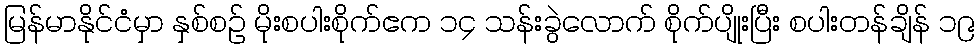
မြန်မာနိုင်ငံမှာ နှစ်စဉ် မိုးစပါးစိုက်ဧက ၁၄ သန်းခွဲလောက် စိုက်ပျိုးပြီး စပါးတန်ချိန် ၁၉